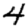
Digit: 4